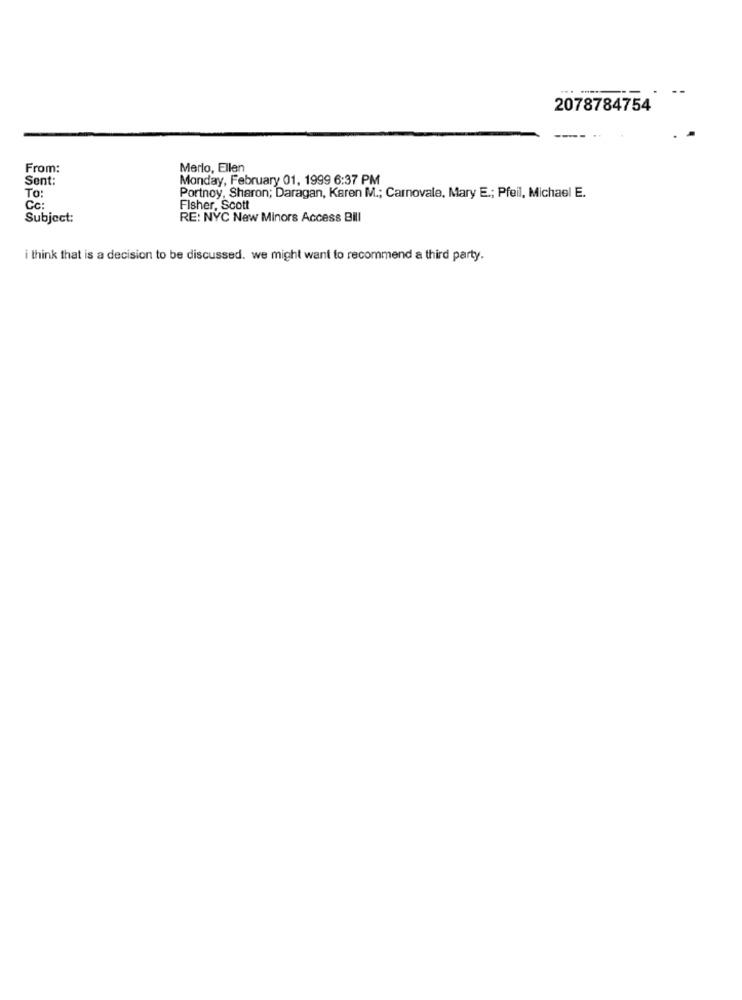
2078784754
From:
Merlo, Ellen
Sent:
Monday, February 01, 1999 6:37 PM
To:
Portnoy, Sharon; Daragan, Karen M .; Carnovale, Mary E .; Pfeil, Michael E.
Cc:
Fisher, Scott
Subject:
RE: NYC New Minors Access Bill
i think that is a decision to be discussed. we might want to recommend a third party.